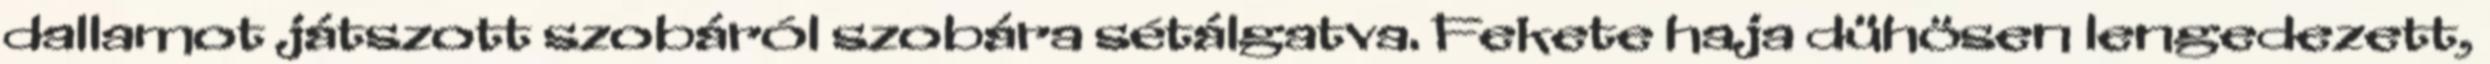
dallamot játszott szobáról szobára sétálgatva. Fekete haja dühösen lengedezett,